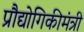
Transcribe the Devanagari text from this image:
प्रौद्योगिकीमंत्री